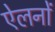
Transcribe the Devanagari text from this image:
ऐलनों